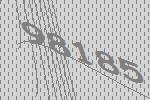
98185